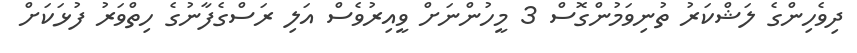
ދިވެހިންގެ ލަޝްކަރު ތުނިވަމުންގޮސް 3 މީހުންނަށް ވީއިރުވެސް އަލި ރަސްގެފާނުގެ ހިތްވަރު ފުޅަކަށް